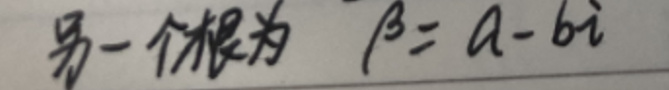
另一个根为 $\beta=a - 6i$